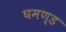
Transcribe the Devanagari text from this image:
घमण्‍ड